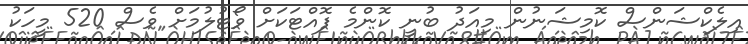
އިލެކްޝަންސް ކޮމިޝަނުން މިއަދު ބުނީ ކޮންމެ ފޮއްޓަކަށް ވޯޓުލުމަށް ވެސް 520 މީހަކު